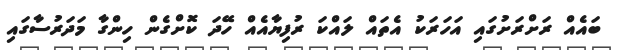
ބައެއް ރަށްރަށުގައި އަހަރަކު އެތައް ލައްކަ ރުފިޔާއެއް ހޭދަ ކޮށްގެން ހިންގާ މަދަރުސާގައި